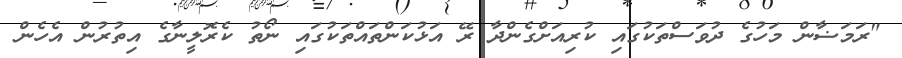
"ރަމަޟާން މަހުގެ ދުވަސްތަކުގައި ކުރިއަށްގެންދާ ރޭ އަޅުކަންތައްތަކުގައި ނޯތު ކެރޮލީނާގެ އިތުރުން އެހެން